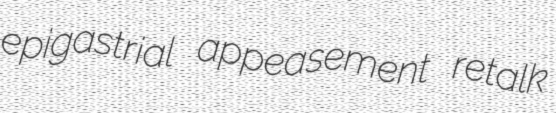
epigastrial appeasement retalk